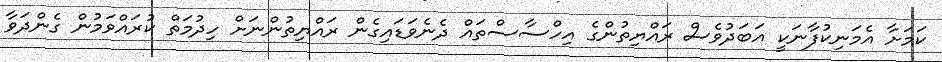
ކަމަށާ އެމަނިކުފާނަކީ އަބަދުވެސް ރައްޔިތުންގެ އިހްސާސްތައް ދެނެވަޑައިގެން ރައްޔިތުންނަށް ހިދުމަތް ކުރައްވަމުން ގެންދަވާ